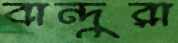
বান্দুরা